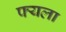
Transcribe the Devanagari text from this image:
फ्यला